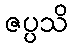
ဇပ္ပသိ